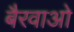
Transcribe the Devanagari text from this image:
बैरवाओ